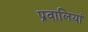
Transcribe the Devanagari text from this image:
प्रवालियां